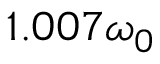
1 . 0 0 7 \omega _ { 0 }